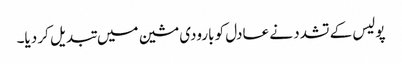
پولیس کے تشدد نے عادل کو بارودی مشین میں تبدیل کر دیا۔